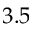
3 . 5